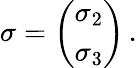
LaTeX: \mathbf{\sigma}=\left(\begin{array}{c}{{\sigma_{2}}}\\ {{\sigma_{3}}}\end{array}\right)\, .